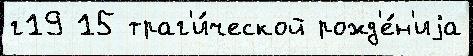
г19 15 траг'и́ческой рожд'е́н'иjа